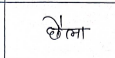
मजकूर: छैला